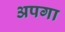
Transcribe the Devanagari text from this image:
अपगा